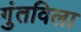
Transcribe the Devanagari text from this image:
गुंतविला